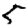
Digit: 5